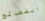
الفضائح